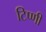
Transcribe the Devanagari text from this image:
टिप्णी